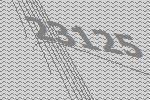
23125